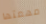
مهمتها